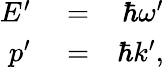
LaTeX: \begin{array}{rlr}{E^{\prime}}&{{}=}&{\hbar\omega^{\prime}}\\ {p^{\prime}}&{{}=}&{\hbar k^{\prime},}\end{array}